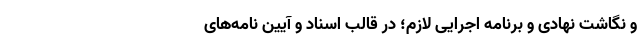
و نگاشت نهادی و برنامه اجرایی لازم؛ در قالب اسناد و آیین نامه‌های